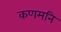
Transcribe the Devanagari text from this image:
कणमनि